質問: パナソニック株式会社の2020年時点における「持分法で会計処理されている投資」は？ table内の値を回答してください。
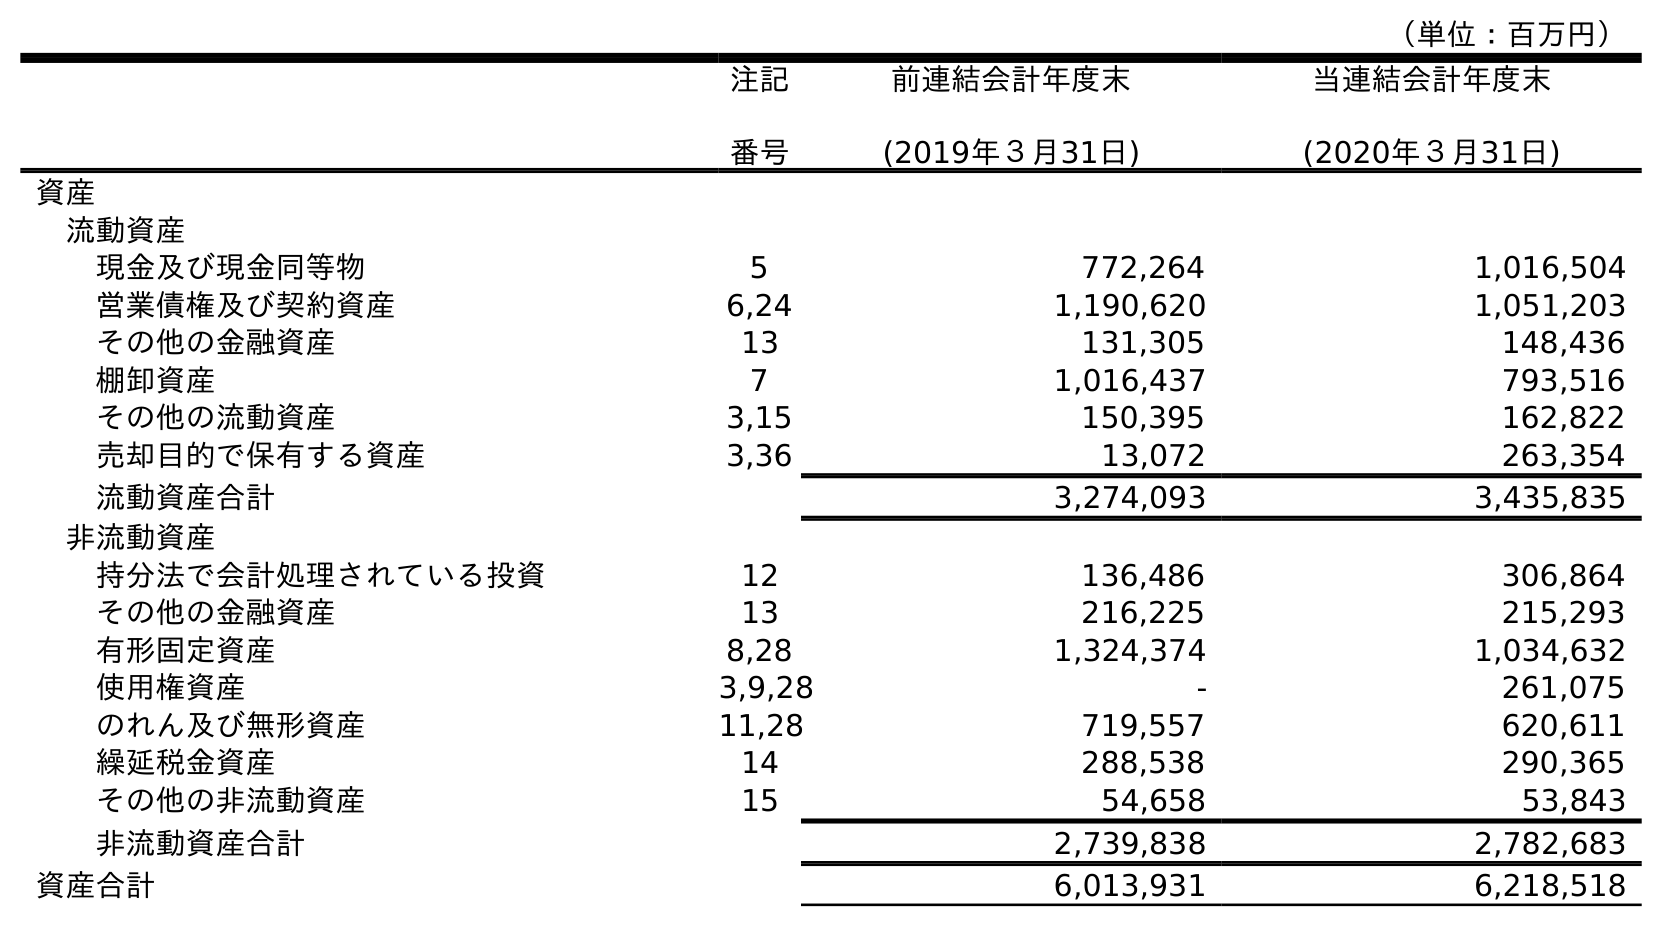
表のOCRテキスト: （単位：百万円） 注記 番号 前連結会計年度末 (2019年３月31日) 当連結会計年度末 (2020年３月31日) 資産 流動資産 現金及び現金同等物 5 772,264 1,016,504 営業債権及び契約資産 6,24 1,190,620 1,051,203 その他の金融資産 13 131,305 148,436 棚卸資産 7 1,016,437 793,516 その他の流動資産 3,15 150,395 162,822 売却目的で保有する資産 3,36 13,072 263,354 流動資産合計 3,274,093 3,435,835 非流動資産 持分法で会計処理されている投資 12 136,486 306,864 その他の金融資産 13 216,225 215,293 有形固定資産 8,28 1,324,374 1,034,632 使用権資産 3,9,28 - 261,075 のれん及び無形資産 11,28 719,557 620,611 繰延税金資産 14 288,538 290,365 その他の非流動資産 15 54,658 53,843 非流動資産合計 2,739,838 2,782,683 資産合計 6,013,931 6,218,518
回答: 306,864